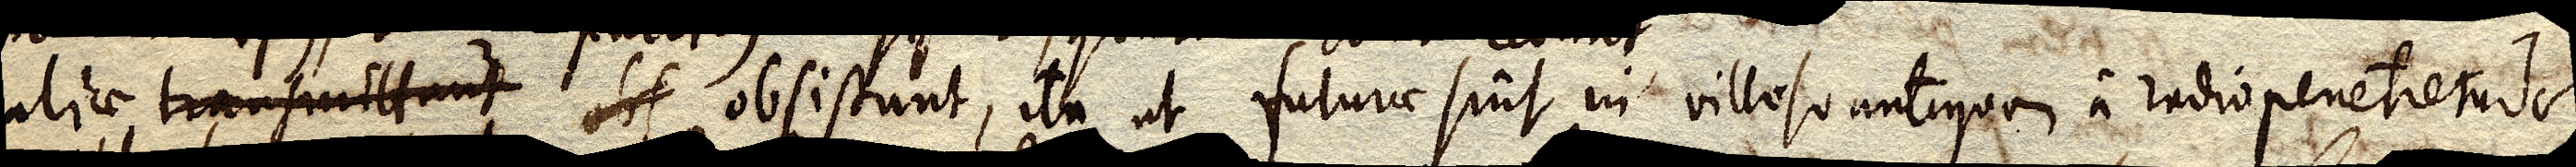
aliae transmittunt obs obsistunt, ita ut futurae sint in villoso antequam a radio penetretur